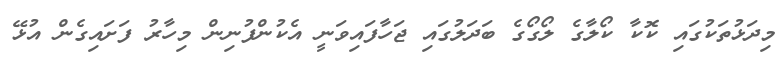
މިދަޅުތަކުގައި ކޮކާ ކޯލާގެ ލޯގޯގެ ބަދަލުގައި ޖަހާފައިވަނީ އެކުންފުނިން މިހާރު ފަށައިގެން އުޅޭ